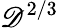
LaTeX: \mathscr{D}^{2/3}